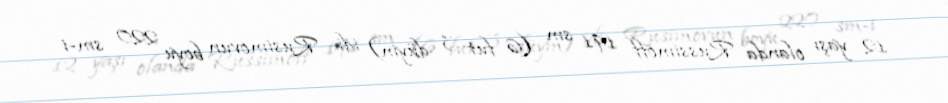
12 yaşı olanda Russimoff 191 sm (6 fut 3 düym) idi. Rusimovun boyu 220 sm-i